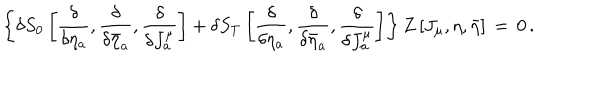
LaTeX: \left\{ \delta S _ { 0 } \left[ { \frac { \delta } { \delta \eta _ { a } } } , { \frac { \delta } { \delta \bar { \eta } _ { a } } } , { \frac { \delta } { \delta J _ { a } ^ { \mu } } } \right] + \delta S _ { T } \left[ { \frac { \delta } { \delta \eta _ { a } } } , { \frac { \delta } { \delta \bar { \eta } _ { a } } } , { \frac { \delta } { \delta J _ { a } ^ { \mu } } } \right] \right\} Z \left[ J _ { \mu } , \eta , \bar { \eta } \right] \, = \, 0 \, .